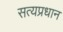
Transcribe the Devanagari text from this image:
सत्यप्रधान